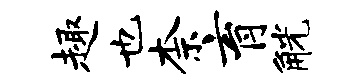
趣也柰育觥